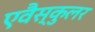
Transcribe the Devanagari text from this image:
एवैस्कुलर